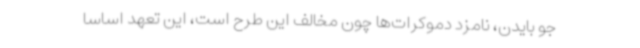
جو بایدن، نامزد دموکرات‌ها چون مخالف این طرح است، این تعهد اساسا